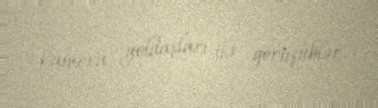
kamera yoldaşları ilə görüşüblər.